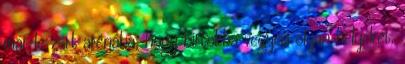
már le­ zárt arénába, hogy birtokba vegyen olyan helyeket,